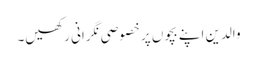
والدین اپنے بچوں پر خصوصی نگرانی رکھیں۔